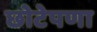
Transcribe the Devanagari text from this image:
छोटेपणा